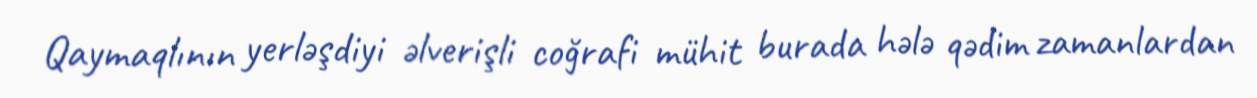
Qaymaqlının yerləşdiyi əlverişli coğrafi mühit burada hələ qədim zamanlardan